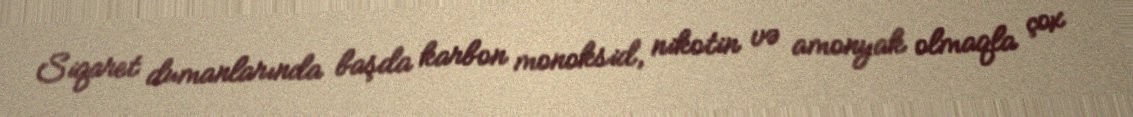
Siqaret dumanlarında başda karbon monoksid, nikotin və amonyak olmaqla çox